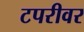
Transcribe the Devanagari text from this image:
टपरीवर